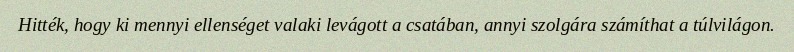
Hitték, hogy ki mennyi ellenséget valaki levágott a csatában, annyi szolgára számíthat a túlvilágon.